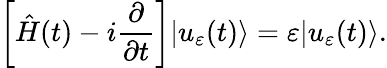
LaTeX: \left[\hat{H}(t)-i\frac{\partial}{\partial t}\right]|u_{\varepsilon}(t)\rangle=\varepsilon|u_{\varepsilon}(t)\rangle.